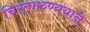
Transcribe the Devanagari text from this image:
चिरतारुण्ययाने